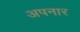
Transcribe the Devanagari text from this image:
अपनार